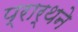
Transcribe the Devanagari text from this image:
प्रार्थने